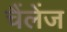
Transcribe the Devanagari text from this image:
चैंलेंज